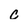
Character: c